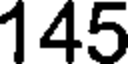
145